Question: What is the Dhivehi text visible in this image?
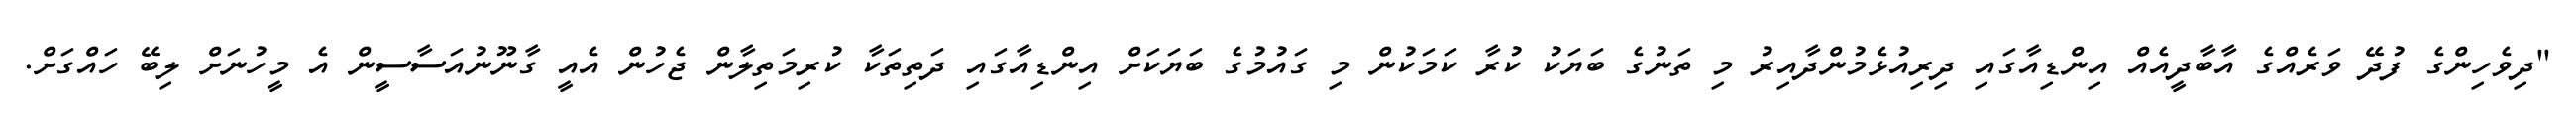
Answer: "ދިވެހިންގެ ފުދޭ ވަރެއްގެ އާބާދީއެއް އިންޑިއާގައި ދިރިއުޅެމުންދާއިރު މި ތަނުގެ ބަޔަކު ކުރާ ކަމަކުން މި ގައުމުގެ ބަޔަކަށް އިންޑިއާގައި ދަތިތަކާ ކުރިމަތިލާން ޖެހުން އެއީ ގާނޫނުއަސާސީން އެ މީހުނަށް ލިބޭ ހައްގަށް.